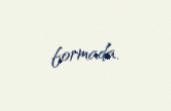
formada.